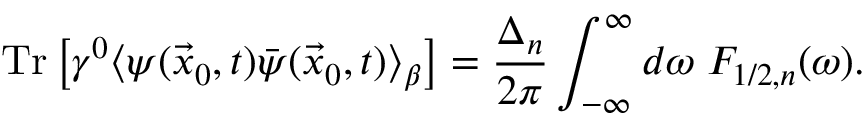
\mathrm { T r } \left[ \gamma ^ { 0 } \langle \psi ( \vec { x } _ { 0 } , t ) \bar { \psi } ( \vec { x } _ { 0 } , t ) \rangle _ { \beta } \right] = \frac { \Delta _ { n } } { 2 \pi } \int _ { - \infty } ^ { \infty } d \omega \; F _ { 1 / 2 , n } ( \omega ) .